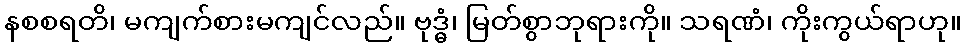
နစစရတိ၊ မကျက်စားမကျင်လည်။ ဗုဒ္ဓံ၊ မြတ်စွာဘုရားကို။ သရဏံ၊ ကိုးကွယ်ရာဟု။